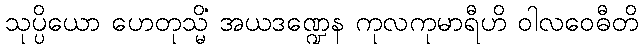
သုပ္ပိယော ဟေတုသ္မိံ အယဒဏ္ဍေန ကုလကုမာရီဟိ ဝါလဝေဓီတိ